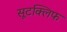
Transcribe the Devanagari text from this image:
सूटक्लिफ